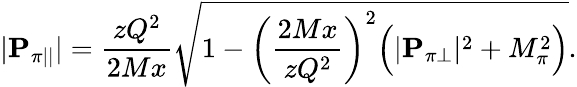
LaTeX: |{\mathbf P}_{\pi||}|=\frac{zQ^{2}}{2Mx}\sqrt{1-\left(\frac{2Mx}{zQ^{2}}\right)^{2}\Big(|{\mathbf P}_{\pi\perp}|^{2}+M_{\pi}^{2}\Big)}.